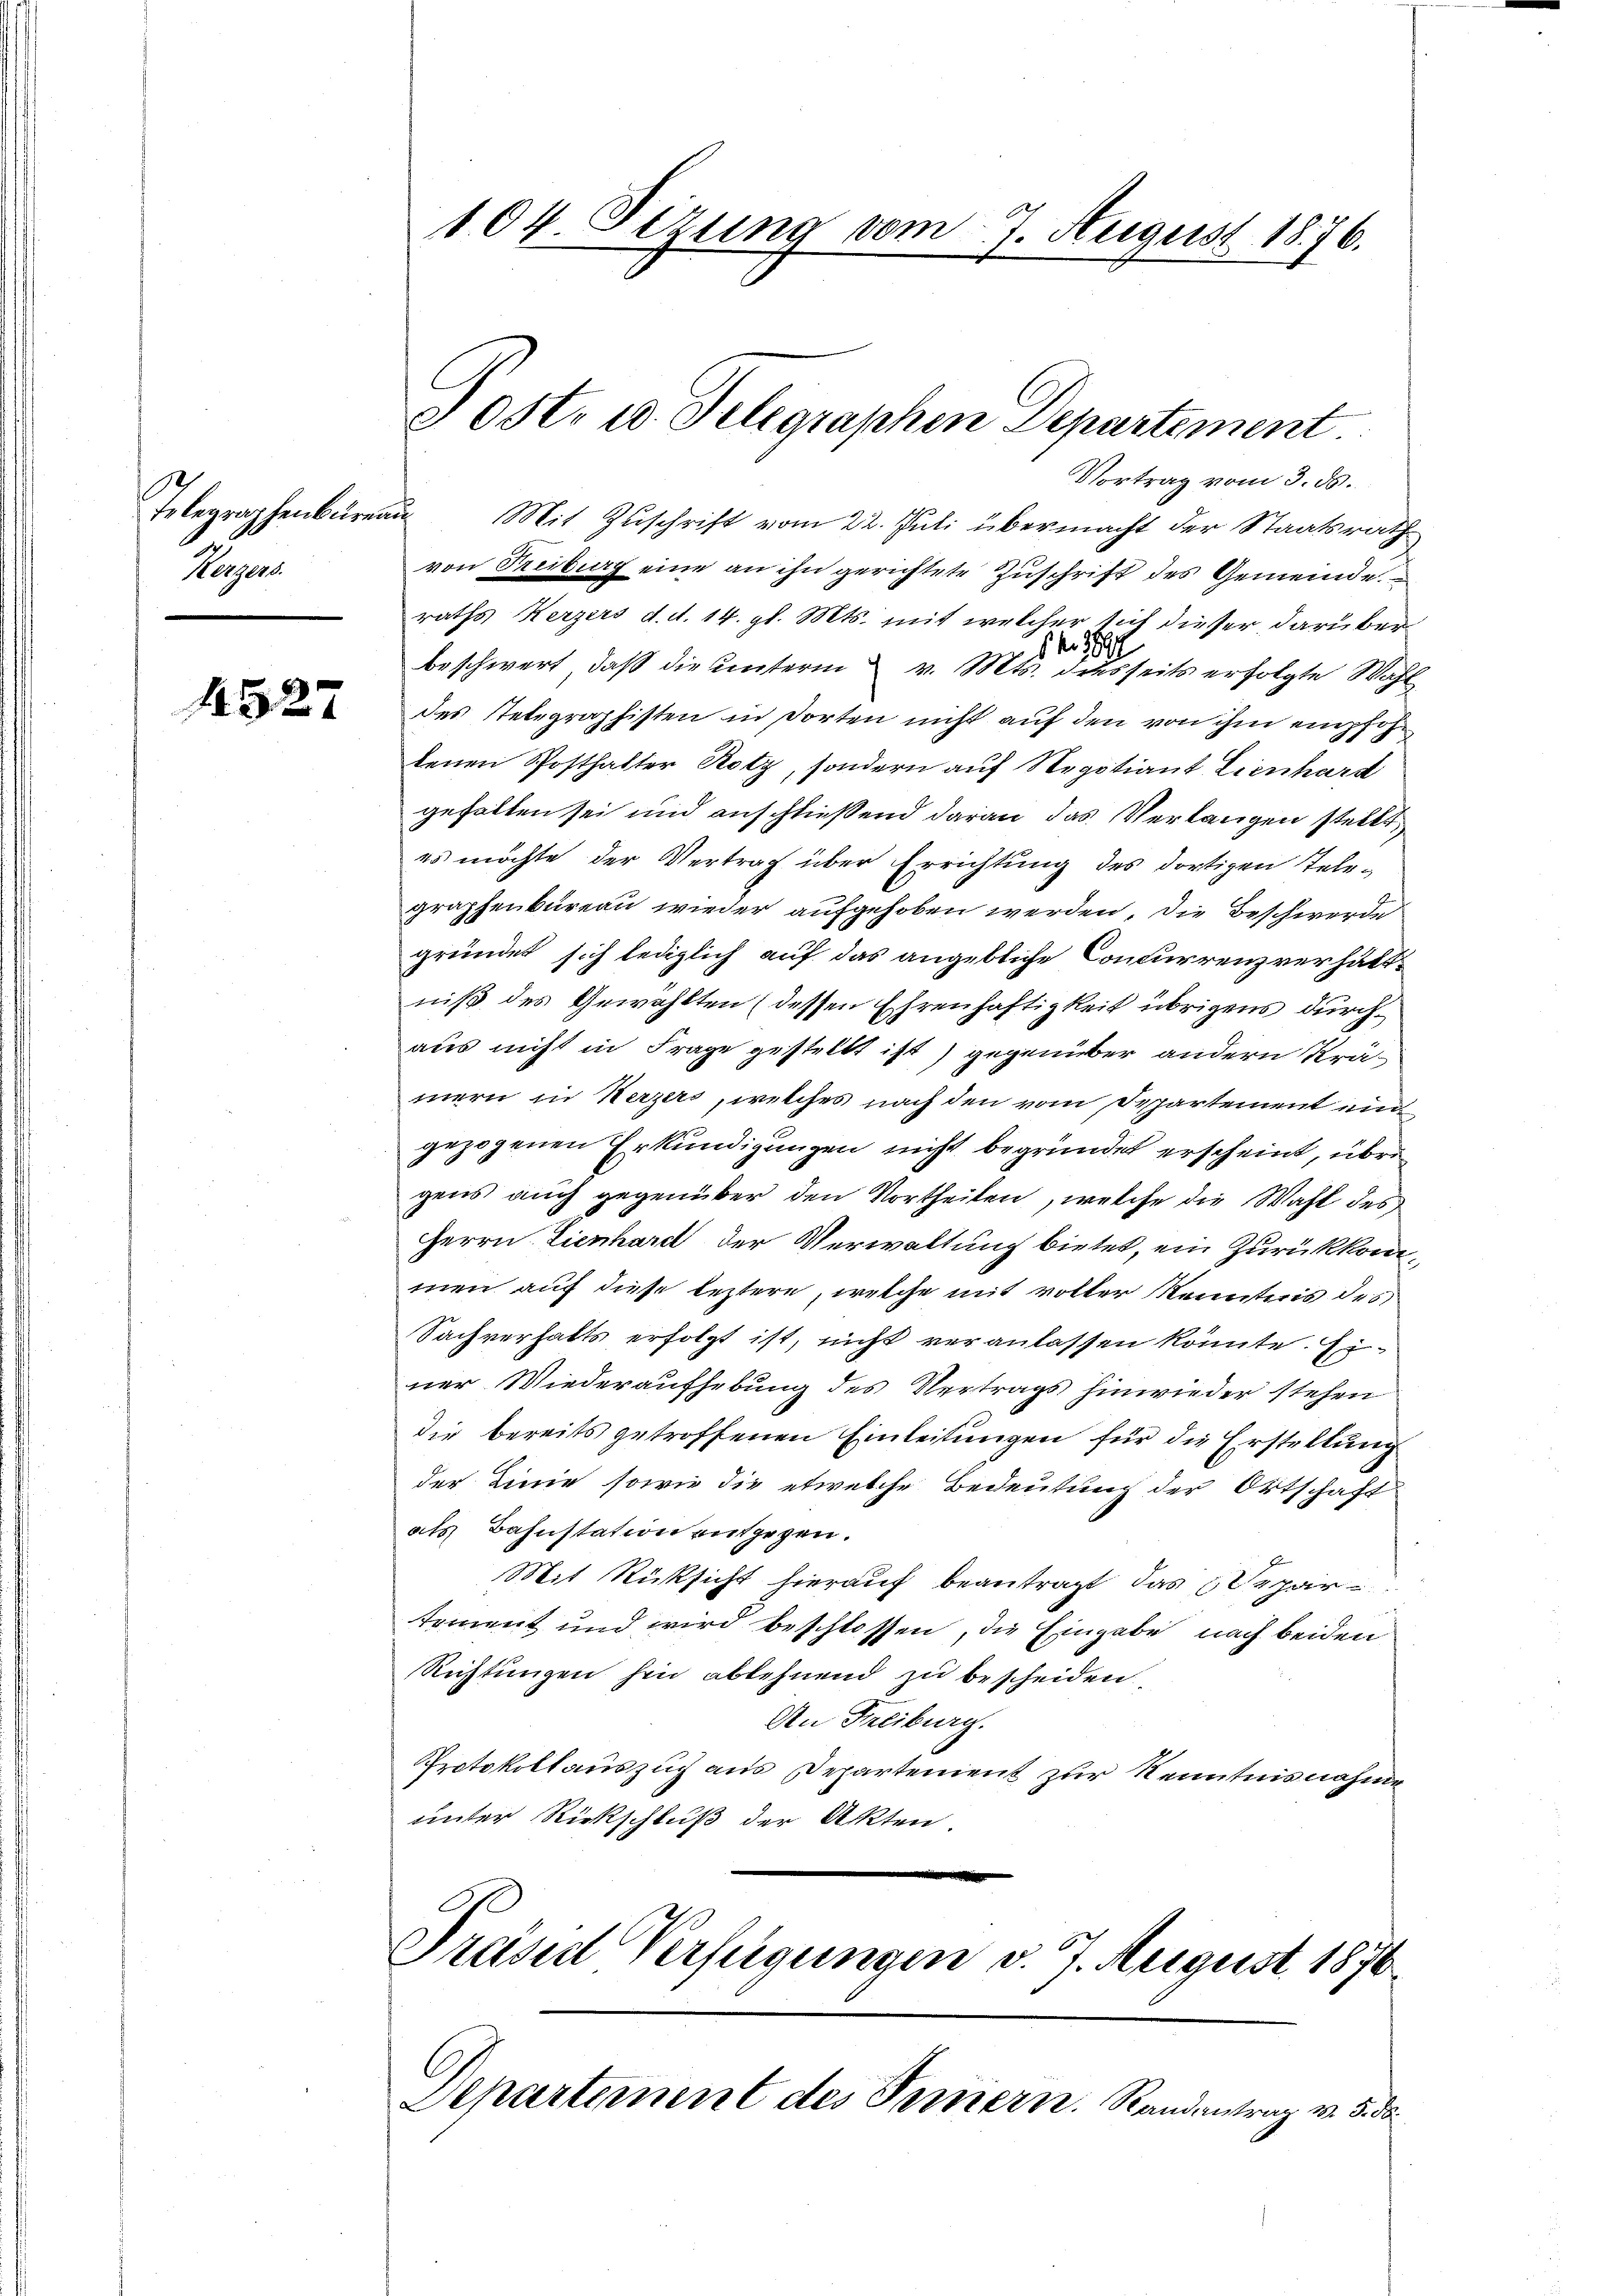
Telegraphenbureau
Kerzers.

4527

Mit Zuschrift vom 22. Juli übermacht der Staatsrath
von Freiburg eine an ihn gerichtete Zuschrift des Gemeinde.
raths Herzers d. d. 14. gl. Mts. mit welcher sich dieser darüberbeschwert, daß die Unterin v. Mts. derseits erfolgte Wahl
des Telegraphisten in dorten nicht auf den von ihm empfohtenen Posthalter Rotz, sondern auf Regotiant Lienhard
gehalten sei und anschließend daran das Verlangen stellt,
es möchte der Vertrag über Errichtung des dortigen Tele-
graphenbureau wieder aufgehoben werden, die Beschwerde
gründet sich lediglich auf das angebliche Concurrenzverhältniß des Gewählten (dessen Ehrenhaftigkeit übrigens durch
aus nicht in Frage gestellt ist) gegenüber andern Krämern in Kerzers, welches nach den vom Departement unn
gezogenen Erkundigungen nicht begründet erscheint, über
gens auch gegenüber den Vortheilen, welche die Wahl des
Herrn. Lienhard der Verwaltung bietet, ein Zurükkomimen auf diese leztere, welche mit voller Kenntnis des
Sachverhalts erfolgt ist, nicht veranlassen könnte. Einer Wiederaufhebung des Vertrags hinwieder stehen
die bereits getroffenen Einleitungen für die Erstellung
der Linie sowie die etwelche Bedeutung der Ortschaft
als Bahnstation entgegen.
Mit Rücksicht hierauf beantragt, das Separ
tement und wird beschlossen, die Eingabe nach beiden
Richtungen hin ablehnend zu bescheiden.
An Freiburg.
Protokollauszug aus Departement zur Kenntnisnahme
unter Rickschluß der Akten
Preiser Verfügungen d. 7. August 1876.

104. Sizung vom 7. August 1876.

Jost. 10. Telegraphen Departement
Vortrag vom 3. ds.

Departement des Ternern. Randantrag v. 5. d.